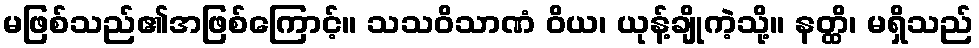
မဖြစ်သည်၏အဖြစ်ကြောင့်။ သသဝိသာဏံ ဝိယ၊ ယုန့်ချိုကဲ့သို့။ နတ္ထိ၊ မရှိသည်